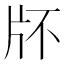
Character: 𤖯